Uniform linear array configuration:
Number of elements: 8
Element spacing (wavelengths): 0.5
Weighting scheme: hamming
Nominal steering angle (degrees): -45
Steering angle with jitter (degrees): -43.68
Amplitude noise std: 0.05
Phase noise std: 0.05

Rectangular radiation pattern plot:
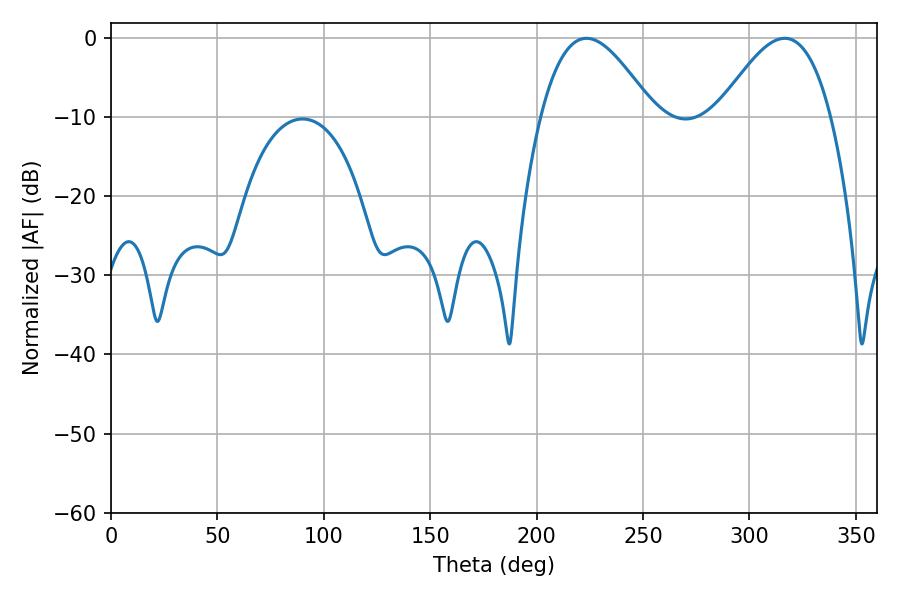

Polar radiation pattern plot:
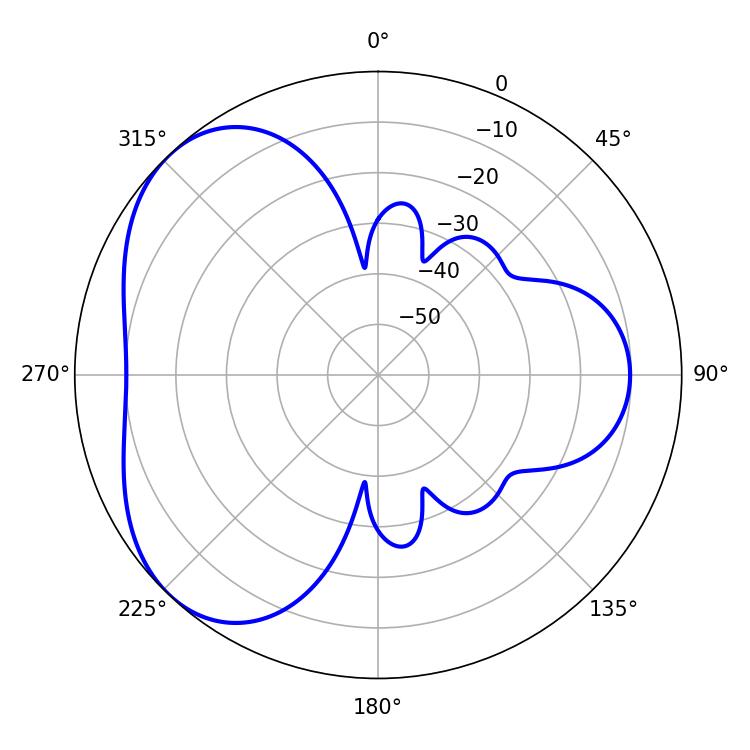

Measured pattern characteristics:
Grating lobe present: FALSE
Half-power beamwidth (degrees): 28.8
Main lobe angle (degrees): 316.62